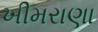
ખીમરાણા